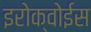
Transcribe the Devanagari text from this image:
इरोक्वोईस